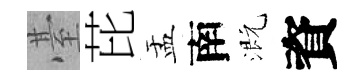
䑓芘盂南溉資